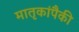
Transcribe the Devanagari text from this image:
मातृकांपैकी